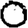
Digit: 0